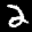
Label: 2